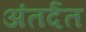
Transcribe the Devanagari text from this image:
अंतर्दंत